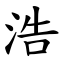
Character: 浩